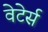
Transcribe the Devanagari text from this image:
वेटेर्स